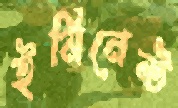
ইমিনেন্ট